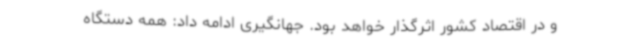
و در اقتصاد کشور اثرگذار خواهد بود. جهانگیری ادامه داد: همه دستگاه